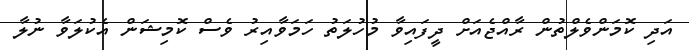
އަދި ކޮމަންވެލްތުން ރާއްޖެއަށް ދީފައިވާ މުހުލަތު ހަމަވާއިރު ވެސް ކޮމިޝަން އެކުލަވާ ނުލާ